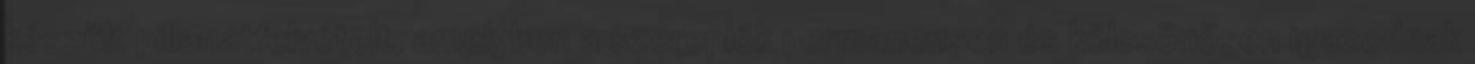
készült pillanatfelvételt, amelyben a szereplők permanensen és kölcsönösen igazodnak